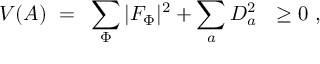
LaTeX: V ( A ) ~ = ~ \sum _ { \Phi } | F _ { \Phi } | ^ { 2 } + \sum _ { a } D _ { a } ^ { 2 } ~ ~ \geq 0 \ ,